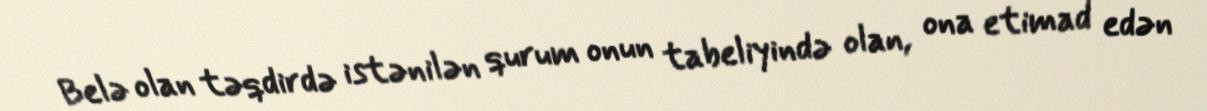
Belə olan təqdirdə istənilən qurum onun tabeliyində olan, ona etimad edən